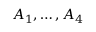
A _ { 1 } , \dots , A _ { 4 }